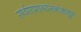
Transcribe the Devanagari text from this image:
सर्वसामान्यजनांकडून